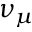
\nu _ { \mu }